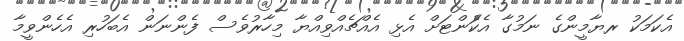
އެކަމަކު ރޔާމީންގެ ނަމުގާ އެކަެުންޓަށް އެޅި އެއްޗެއްވިއްޔާ މިހާރުވެސް ފެންނަން އެބަހުރި އެހެންވީމާ